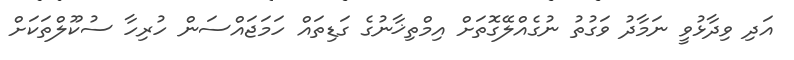
އަދި ވިދާޅުވީ ނަމާދު ވަގުތު ނުގެއްލޭގޮތަށް އިމްތިޚާނުގެ ގަޑިތައް ހަމަޖައްސަން ހުރިހާ ސުކޫލްތަކަށް